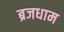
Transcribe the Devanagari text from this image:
ब्रजधाम